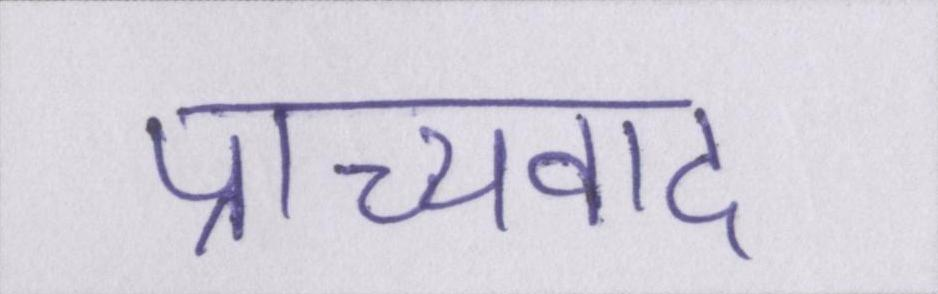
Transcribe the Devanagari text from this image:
प्राच्यवाद